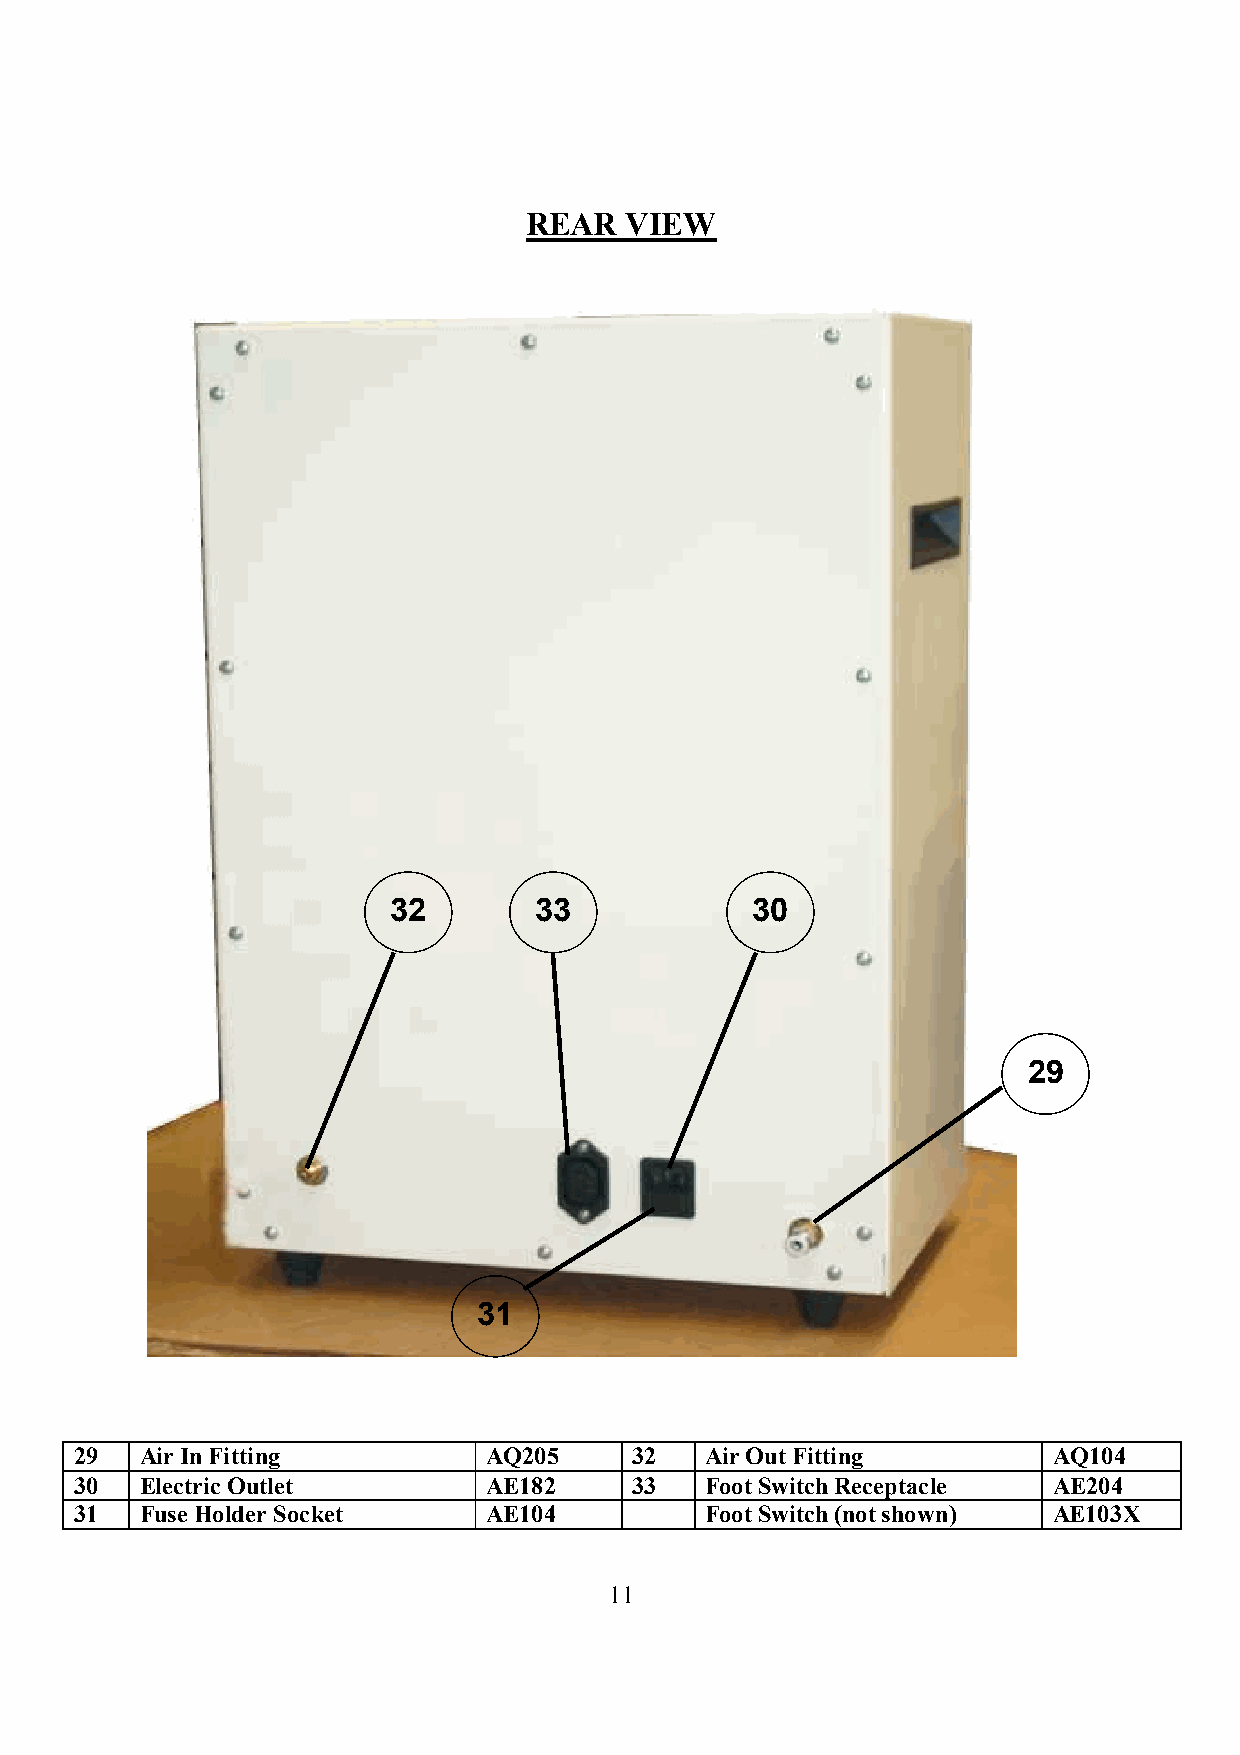
REAR  VIEW
 32       33             30
 29
 31
 29  Air In Fitting         AQ205     32   Air Out Fitting        AQ104
 30  Electric Outlet        AE182     33   Foot Switch Receptacle AE204
 31  Fuse Holder Socket     AE104          Foot Switch (not shown) AE103X
 11